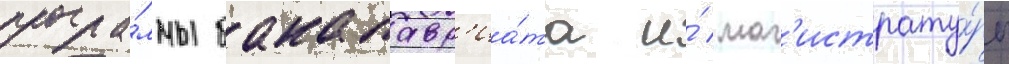
програ́ммы бакалавр'иа́та и́ маг'истрату́ры